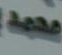
محمد